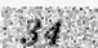
34